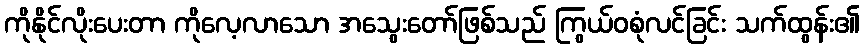
ကိုနိုင်လိုးပေးတာ ကိုလေ့လာသော အသွေးတော်ဖြစ်သည် ကြွယ်ဝစုံလင်ခြင်း သက်ထွန်း၏